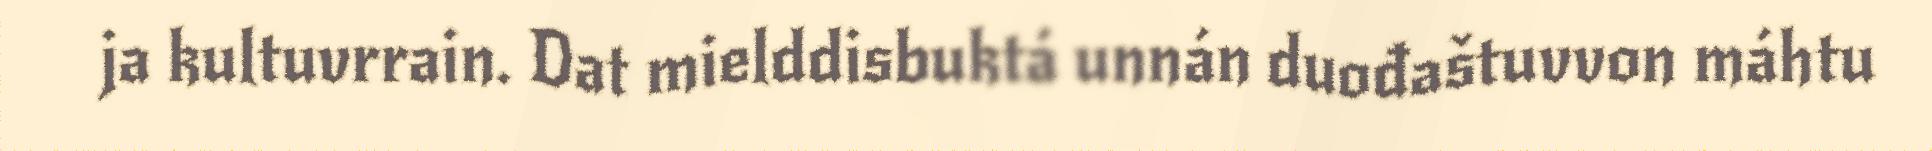
ja kultuvrrain. Dat mielddisbuktá unnán duođaštuvvon máhtu